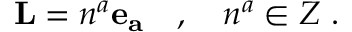
{ \bf L } = n ^ { a } { \bf e _ { a } } \quad , \quad n ^ { a } \in Z \ .